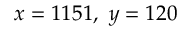
\ x = 1 1 5 1 , \ y = 1 2 0